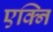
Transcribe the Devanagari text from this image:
एक्नि